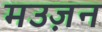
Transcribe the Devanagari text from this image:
मउज़न